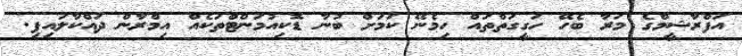
އަފްރާޝީމްގެ މަރާ ބެހޭ ހަގީގަތްތައް ހިމެނޭ ކަމަށް ބުނާ ޑޮކިއުމަންޓްތަކެއް އިމްރާން ދައްކާލައިފި.